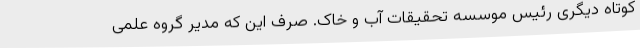
کوتاه دیگری رئیس موسسه تحقیقات آب و خاک. صرف این که مدیر گروه علمی